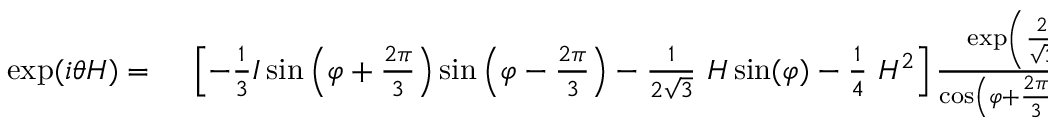
\begin{array} { r l } { \exp ( i \theta H ) = { } } & { { } \left[ - { \frac { 1 } { 3 } } I \sin \left( \varphi + { \frac { 2 \pi } { 3 } } \right) \sin \left( \varphi - { \frac { 2 \pi } { 3 } } \right) - { \frac { 1 } { 2 { \sqrt { 3 } } } } ~ H \sin ( \varphi ) - { \frac { 1 } { 4 } } ~ H ^ { 2 } \right] { \frac { \exp \left( { \frac { 2 } { \sqrt { 3 } } } ~ i \theta \sin ( \varphi ) \right) } { \cos \left( \varphi + { \frac { 2 \pi } { 3 } } \right) \cos \left( \varphi - { \frac { 2 \pi } { 3 } } \right) } } } \end{array}